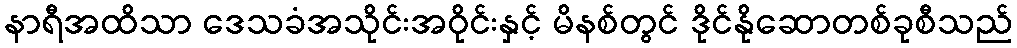
နာရီအထိသာ ဒေသခံအသိုင်းအဝိုင်းနှင့် မိနစ်တွင် ဒိုင်နိုဆောတစ်ခုစီသည်